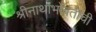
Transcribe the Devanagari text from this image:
श्रीनाथांभोवतीची